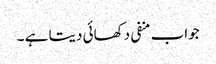
جواب منفی دکھائی دیتا ہے ۔